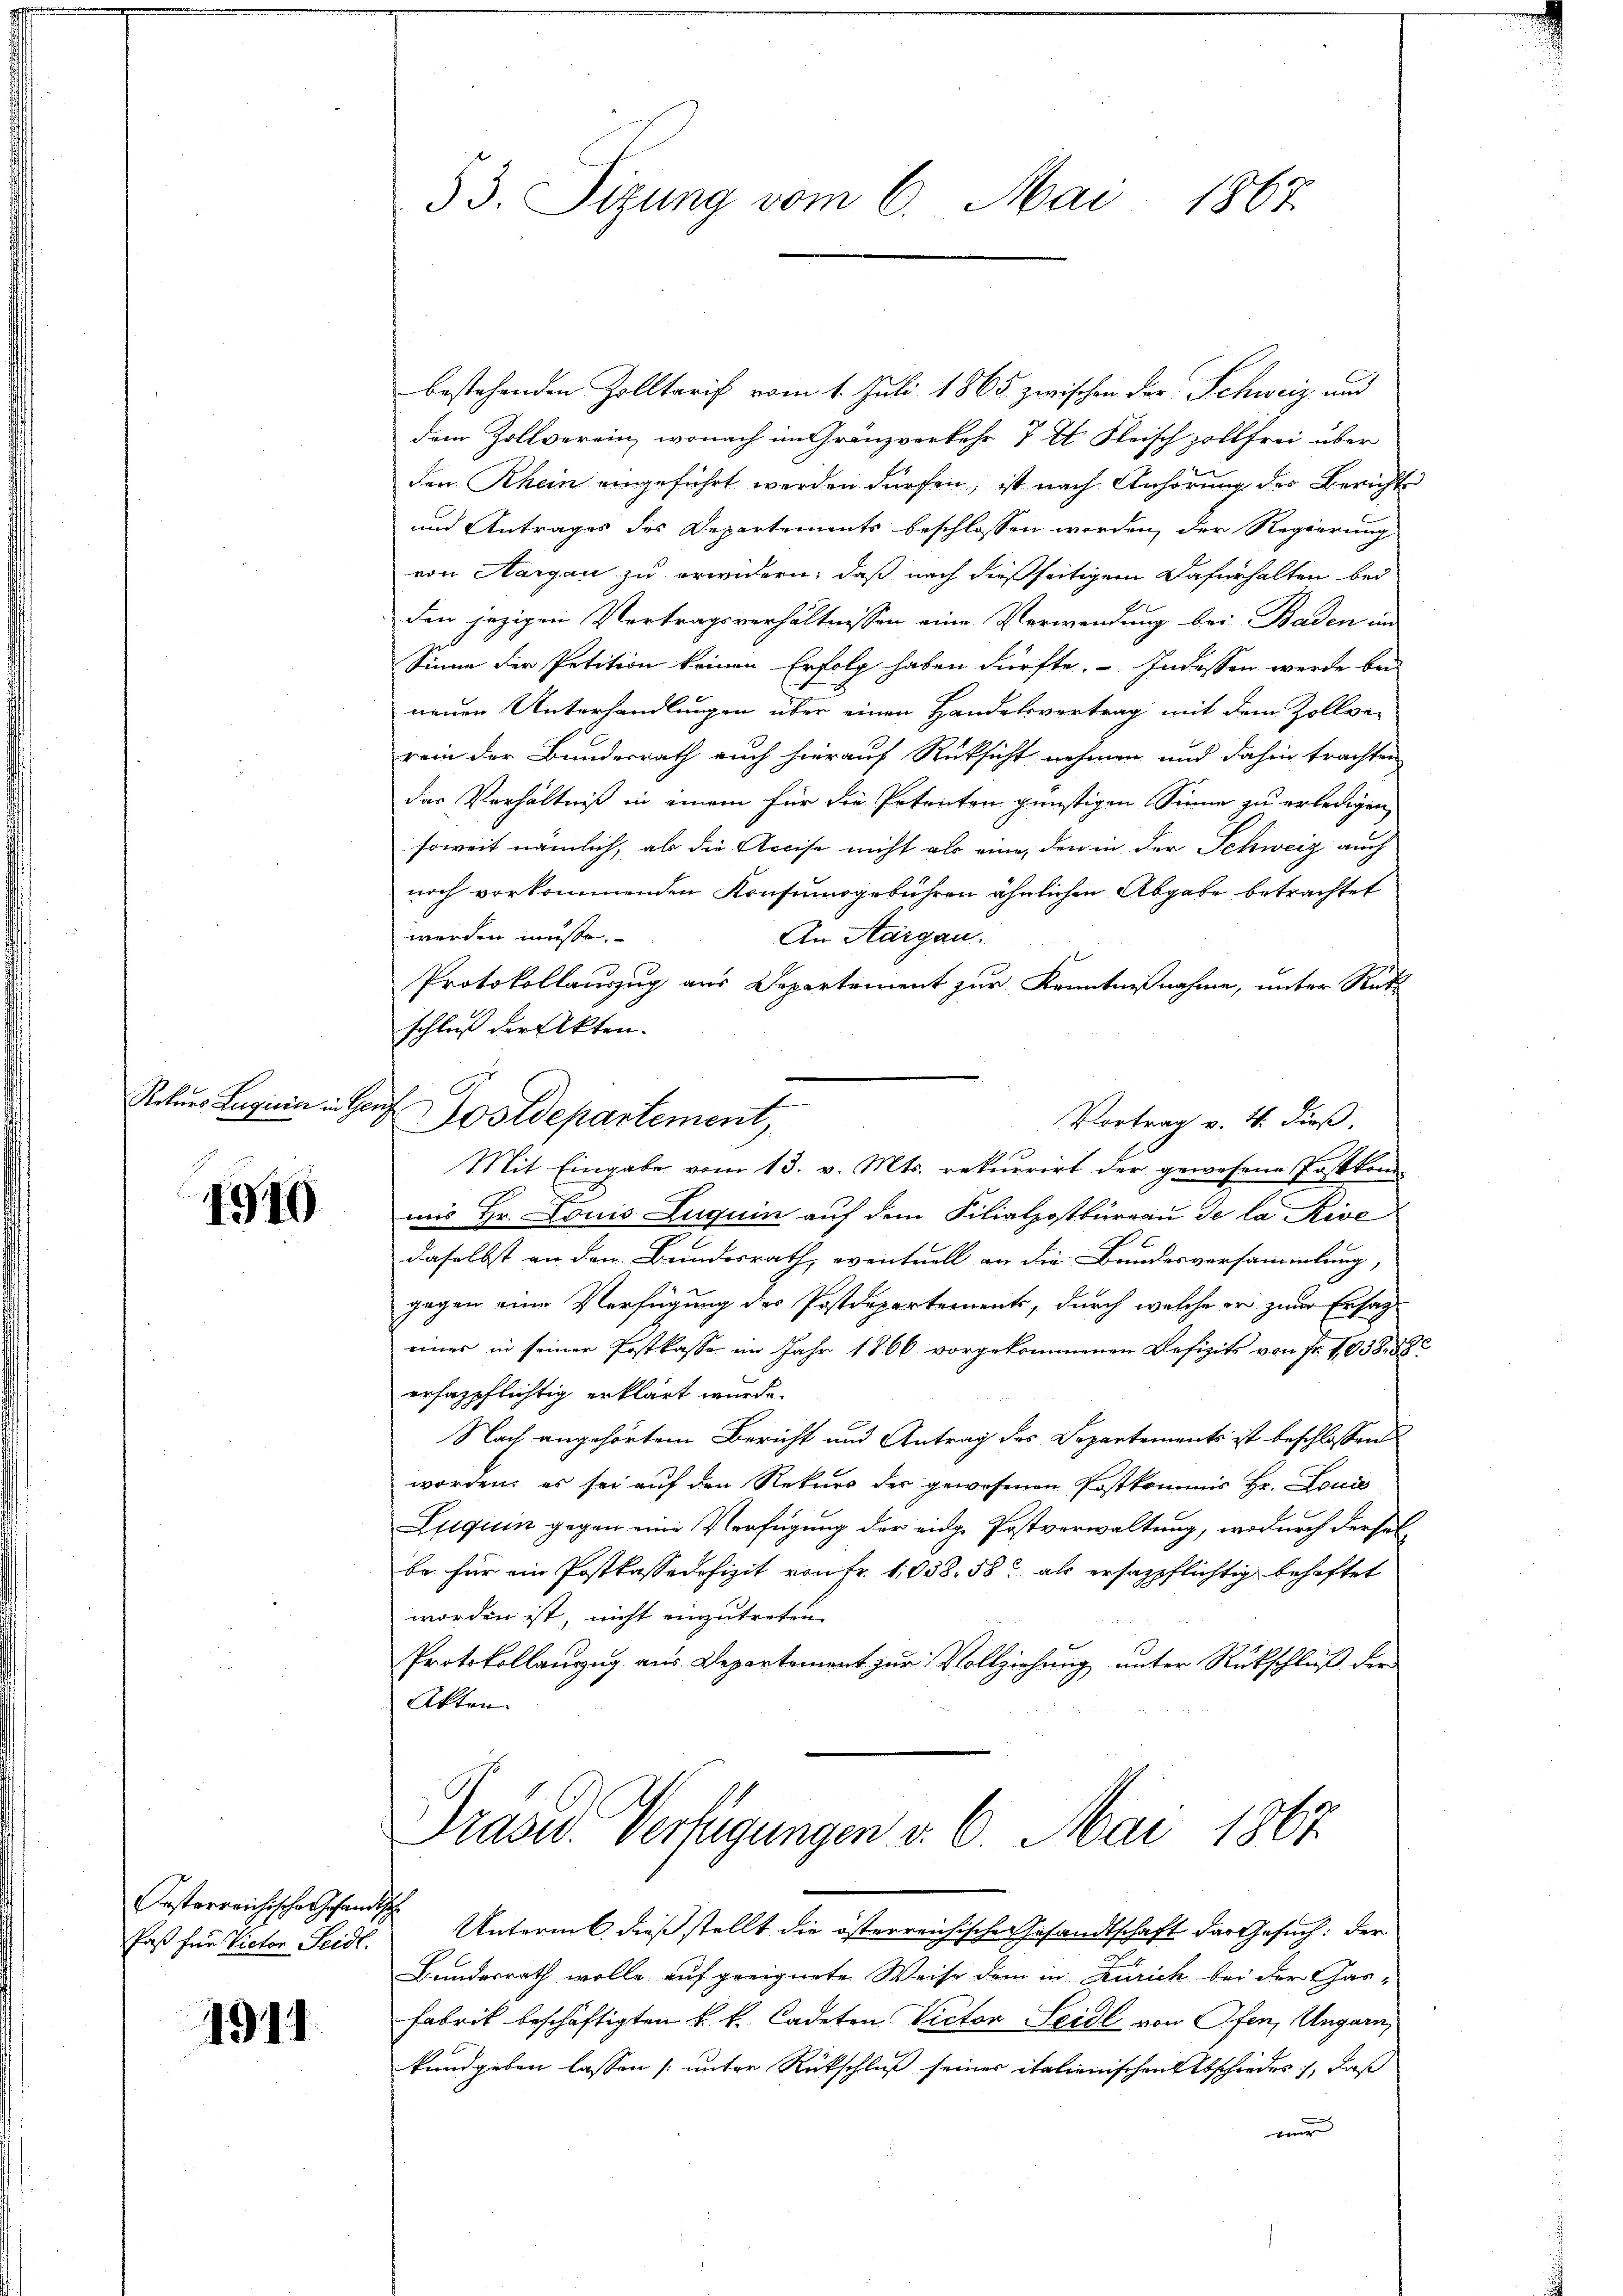
Rekurs Legicic in Ge

1940

rsterreichische Gesandtsch
Paß für Victor Seidl.

1911

53. Sizung vom 6. Mai 1867.

bestehenden Zolltarif vom 1. Juli 1865 zwischen der Schweiz und
dem Zollverein, wonach im Gränzverkehr 7 Al. Fleisch zollfrei über
den Rhein eingeführt werden dürfen; ist nach Anhörung des Berichts
und Antrages des Departements beschlossen worden, der Regierung
von Hargau zu erwidern, daß nach dießseitigem Dafürhalten bei
den jezigen Vertragsverhältnissen eine Verwendung bei Baden in
Sinne der Petition keinen Erfolg haben dürfte. Indessen werde bei
neuen Unterhandlungen über einen Handelsvertrag mit dem Zollver
rein der Bundesrath auch hierauf Rücksicht nehmen und dahin trachten
das Verhältniß in einem für die Petreten günstigen Sinne zu erledigen
soweit nämlich, als die Accise nicht als eine, den in der Schweiz auch
noch vorkommenden Konsumogebühren ähnlichen Abgabe betrachtet
werden müsse.
An Aargau.
Protokollauszug aus Departement zur Kenntnißnahme, unter Rüt
schluß der Akten.
ach
Vortrag v. 4. dieß.
Mit Eingabe vom 13. v. Mts. rekurrirt der gewesene Postkon
uns Hr. Louis Luquin auf dem Filialpostbüreau de la Rive
daselbst an den Bundesrath, eventuell an die Bundesversammlung,
gegen eine Verfügung des Postdepartements, durch welche er zum Ersatzeiner in seiner Postkasse im Jahr 1866 vorgekommenen Defizits von Fr. 1038. 58
erhazpflichtig erklärt wurde.
Nach angehörtem Bericht und Antrag des Departements ist beschlossen
worden, es sei auf den Rekurs des gewesenen Postkommis Hr. Louis
Liquin gegen eine Verfügung der eidge Postverwaltung, wodurch derselbe für ein Postkassadefizit von Fr. 1038. 58 als ersazpflichtig behaftet
worden ist, nicht einzutreten.
Protokollauszug aus Departement zur Vollziehung unter Rückschluß der
Akten
Präsid. Verfügungen v. 6. Mai 1867.
Unterm 6 dieß stellt die österreichische Gesandtschaft der Gesuch: der
Bundesrath wolle auf geeignete Weise dem in Zürich bei der Gas-
Fabrik beschäftigten k. k. Cadeton Victor Seidl von Ofen, Ungarn,
kundgeben lassen (unter Rückschluß seiner italienischen Abschiedes, daß
mur

Dostdepartement,